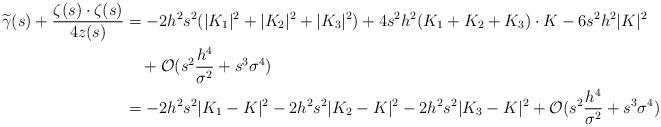
LaTeX: \begin{align*}\widetilde\gamma(s)+\frac{\zeta(s)\cdot\zeta(s)}{4z(s)}&=-2h^2s^2(|K_1|^2+|K_2|^2+|K_3|^2)+4s^2h^2(K_1+K_2+K_3)\cdot K-6s^2h^2|K|^2\\&\quad+\mathcal{O}(s^2\frac{h^4}{\sigma^2}+s^3\sigma^4)\\&=-2h^2s^2|K_1-K|^2-2h^2s^2|K_2-K|^2-2h^2s^2|K_3-K|^2+\mathcal{O}(s^2\frac{h^4}{\sigma^2}+s^3\sigma^4)\end{align*}